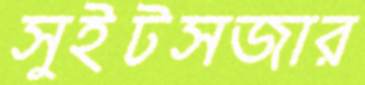
সুইটসজার